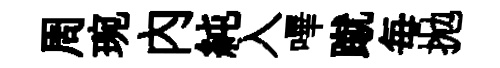
周琬內純入嗶蹴毎拋